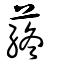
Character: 蔠